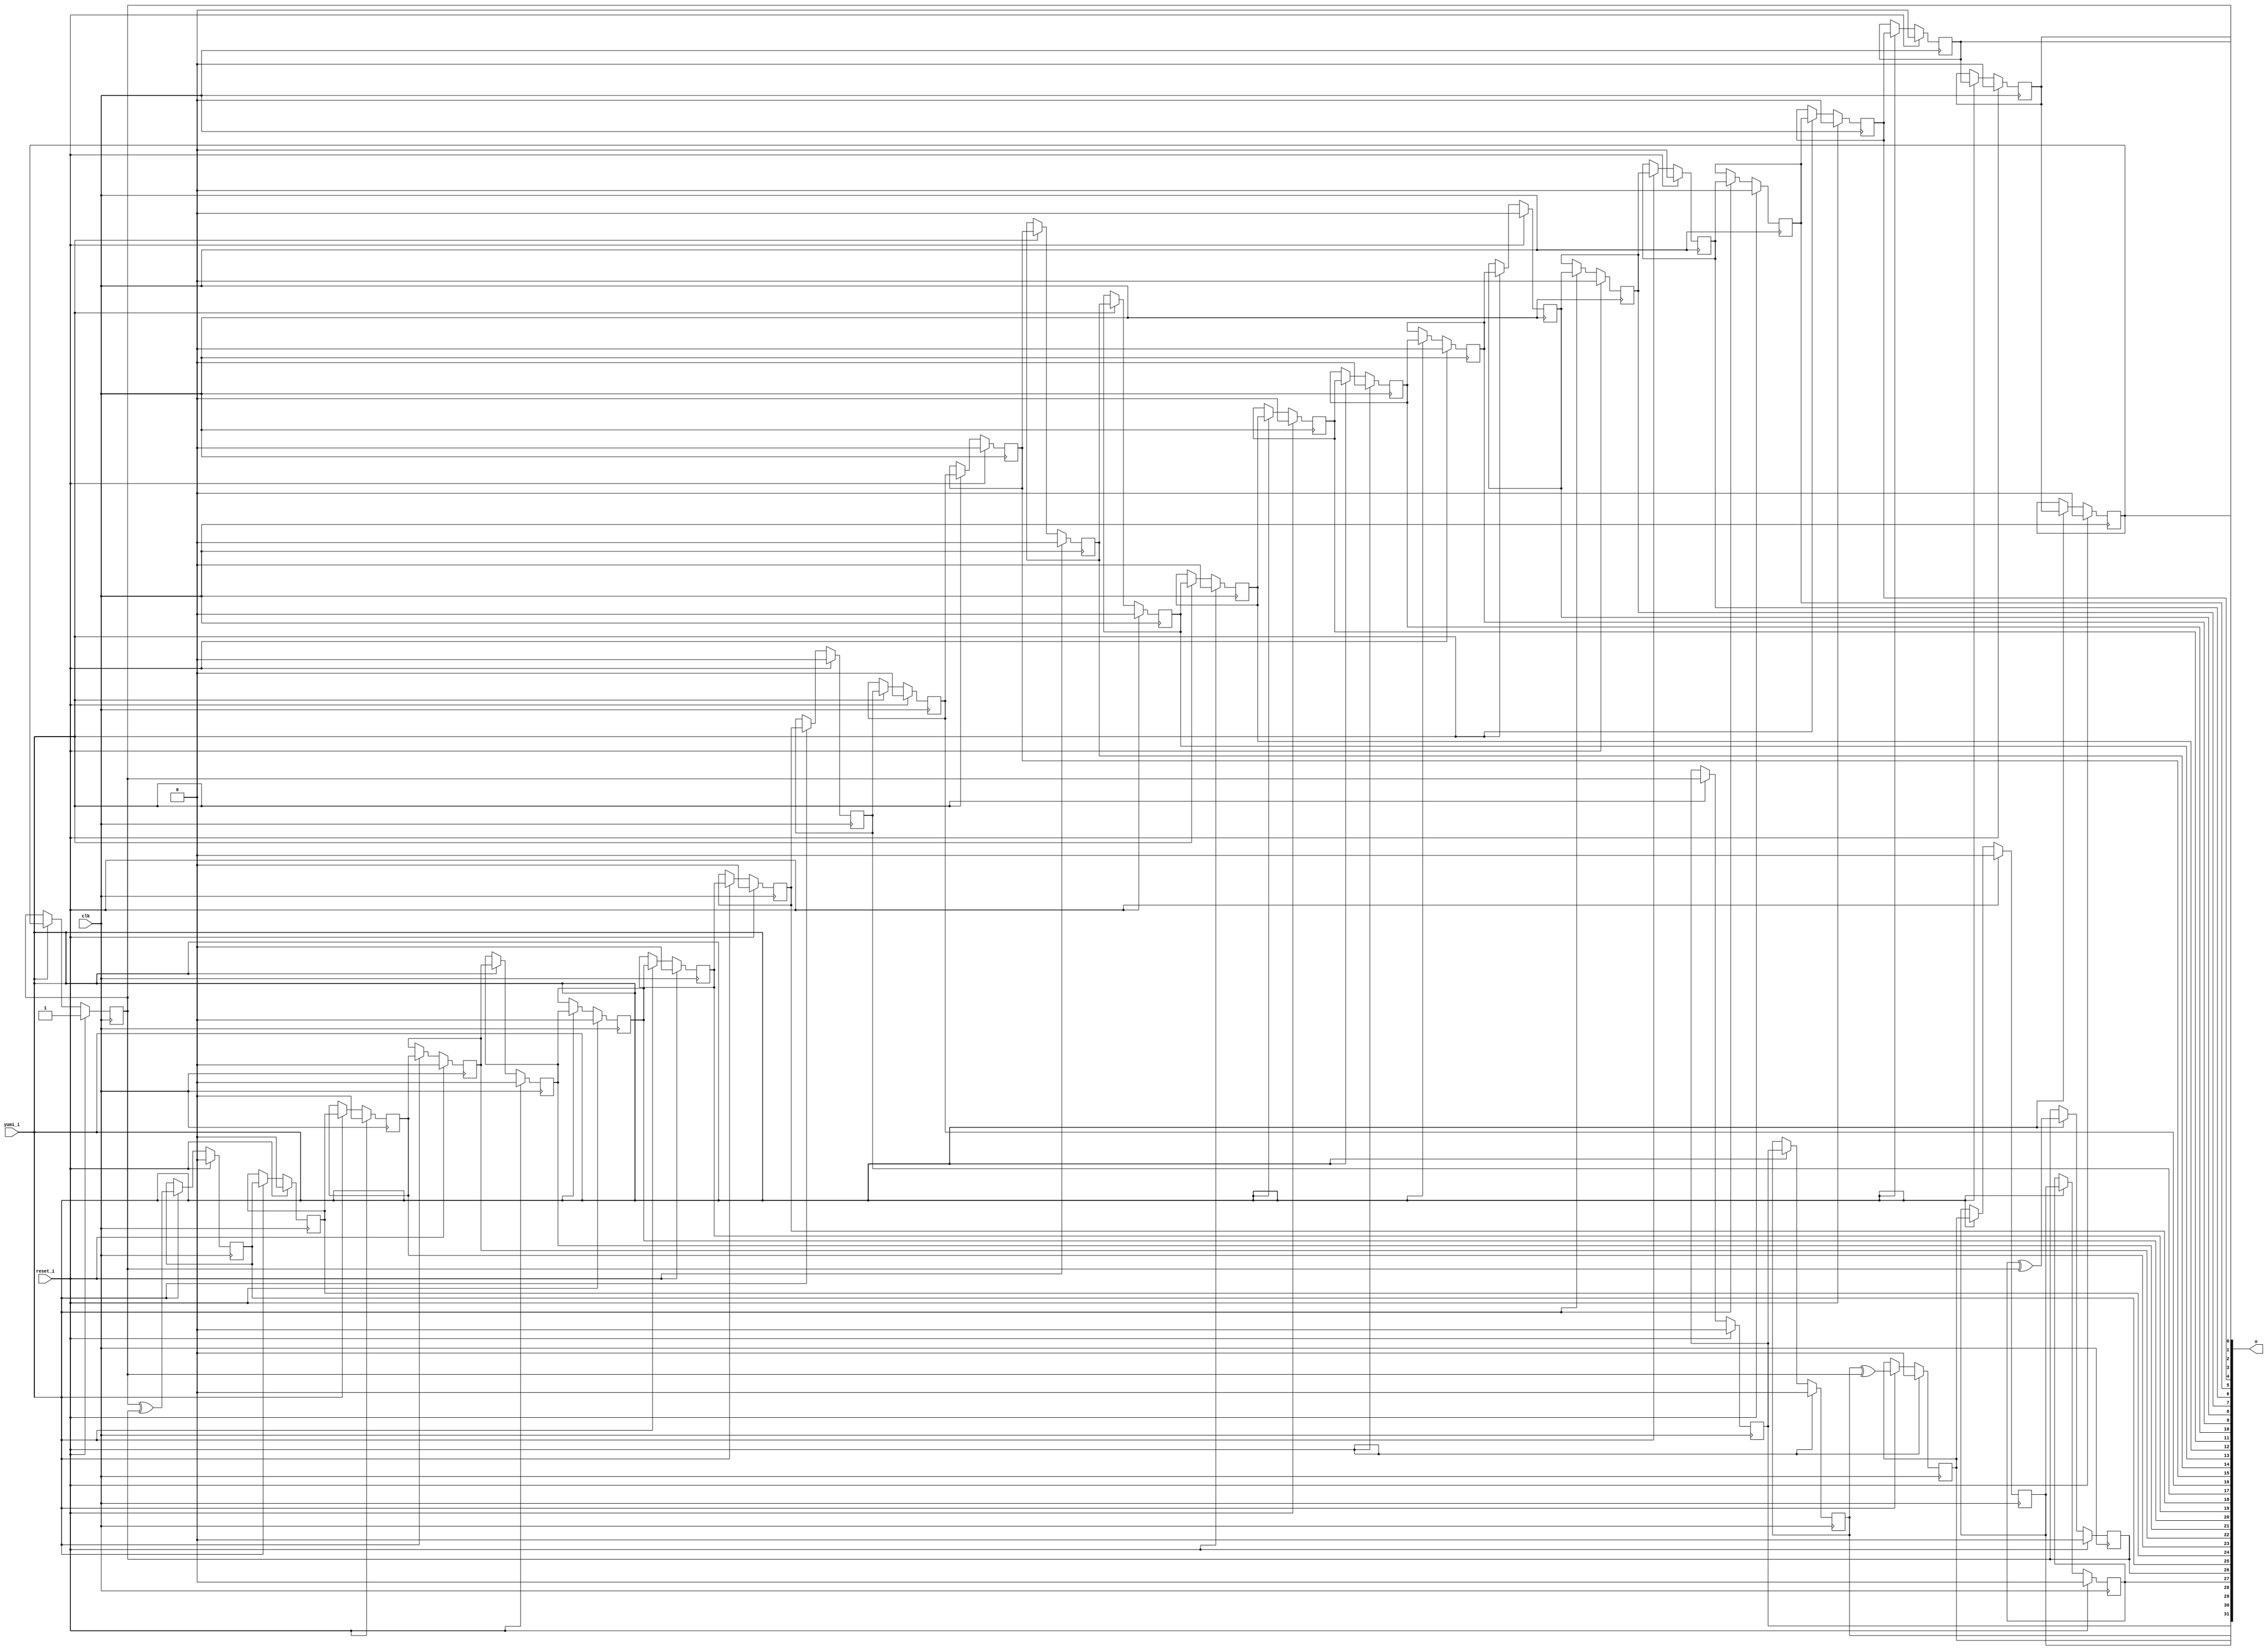
// This program was cloned from: https://github.com/chipsalliance/synlig
// License: Apache License 2.0

/* Generated by Yosys 0.27+9 (git sha1 101d19bb6, gcc 11.2.0-7ubuntu2 -fPIC -Os) */

(* top =  1  *)

module bsg_lfsr(clk, reset_i, yumi_i, o);
  
  input clk;
  wire clk;
  
  output [31:0] o;
  wire [31:0] o;
  
  wire [31:0] o_n;
  
  reg [31:0] o_r;
  
  input reset_i;
  wire reset_i;
  
  wire [31:0] xor_mask;
  
  input yumi_i;
  wire yumi_i;
  assign o_n[25] = o_r[0] ^ o_r[26];
  assign o_n[26] = o_r[27] ^ o_r[0];
  assign o_n[29] = o_r[30] ^ o_r[0];
  
  always @(posedge clk)
    if (reset_i) o_r[4] <= 1'h0;
    else if (yumi_i) o_r[4] <= o_r[5];
  
  always @(posedge clk)
    if (reset_i) o_r[5] <= 1'h0;
    else if (yumi_i) o_r[5] <= o_r[6];
  
  always @(posedge clk)
    if (reset_i) o_r[6] <= 1'h0;
    else if (yumi_i) o_r[6] <= o_r[7];
  
  always @(posedge clk)
    if (reset_i) o_r[7] <= 1'h0;
    else if (yumi_i) o_r[7] <= o_r[8];
  
  always @(posedge clk)
    if (reset_i) o_r[8] <= 1'h0;
    else if (yumi_i) o_r[8] <= o_r[9];
  
  always @(posedge clk)
    if (reset_i) o_r[9] <= 1'h0;
    else if (yumi_i) o_r[9] <= o_r[10];
  
  always @(posedge clk)
    if (reset_i) o_r[10] <= 1'h0;
    else if (yumi_i) o_r[10] <= o_r[11];
  
  always @(posedge clk)
    if (reset_i) o_r[11] <= 1'h0;
    else if (yumi_i) o_r[11] <= o_r[12];
  
  always @(posedge clk)
    if (reset_i) o_r[12] <= 1'h0;
    else if (yumi_i) o_r[12] <= o_r[13];
  
  always @(posedge clk)
    if (reset_i) o_r[13] <= 1'h0;
    else if (yumi_i) o_r[13] <= o_r[14];
  
  always @(posedge clk)
    if (reset_i) o_r[14] <= 1'h0;
    else if (yumi_i) o_r[14] <= o_r[15];
  
  always @(posedge clk)
    if (reset_i) o_r[15] <= 1'h0;
    else if (yumi_i) o_r[15] <= o_r[16];
  
  always @(posedge clk)
    if (reset_i) o_r[16] <= 1'h0;
    else if (yumi_i) o_r[16] <= o_r[17];
  
  always @(posedge clk)
    if (reset_i) o_r[17] <= 1'h0;
    else if (yumi_i) o_r[17] <= o_r[18];
  
  always @(posedge clk)
    if (reset_i) o_r[18] <= 1'h0;
    else if (yumi_i) o_r[18] <= o_r[19];
  
  always @(posedge clk)
    if (reset_i) o_r[19] <= 1'h0;
    else if (yumi_i) o_r[19] <= o_r[20];
  
  always @(posedge clk)
    if (reset_i) o_r[20] <= 1'h0;
    else if (yumi_i) o_r[20] <= o_r[21];
  
  always @(posedge clk)
    if (reset_i) o_r[21] <= 1'h0;
    else if (yumi_i) o_r[21] <= o_r[22];
  
  always @(posedge clk)
    if (reset_i) o_r[22] <= 1'h0;
    else if (yumi_i) o_r[22] <= o_r[23];
  
  always @(posedge clk)
    if (reset_i) o_r[23] <= 1'h0;
    else if (yumi_i) o_r[23] <= o_r[24];
  
  always @(posedge clk)
    if (reset_i) o_r[24] <= 1'h0;
    else if (yumi_i) o_r[24] <= o_r[25];
  
  always @(posedge clk)
    if (reset_i) o_r[25] <= 1'h0;
    else if (yumi_i) o_r[25] <= o_n[25];
  
  always @(posedge clk)
    if (reset_i) o_r[26] <= 1'h0;
    else if (yumi_i) o_r[26] <= o_n[26];
  
  always @(posedge clk)
    if (reset_i) o_r[27] <= 1'h0;
    else if (yumi_i) o_r[27] <= o_r[28];
  
  always @(posedge clk)
    if (reset_i) o_r[28] <= 1'h0;
    else if (yumi_i) o_r[28] <= o_r[29];
  
  always @(posedge clk)
    if (reset_i) o_r[29] <= 1'h0;
    else if (yumi_i) o_r[29] <= o_n[29];
  
  always @(posedge clk)
    if (reset_i) o_r[30] <= 1'h0;
    else if (yumi_i) o_r[30] <= o_r[31];
  
  always @(posedge clk)
    if (reset_i) o_r[31] <= 1'h0;
    else if (yumi_i) o_r[31] <= o_r[0];
  
  always @(posedge clk)
    if (reset_i) o_r[0] <= 1'h1;
    else if (yumi_i) o_r[0] <= o_r[1];
  
  always @(posedge clk)
    if (reset_i) o_r[1] <= 1'h0;
    else if (yumi_i) o_r[1] <= o_r[2];
  
  always @(posedge clk)
    if (reset_i) o_r[2] <= 1'h0;
    else if (yumi_i) o_r[2] <= o_r[3];
  
  always @(posedge clk)
    if (reset_i) o_r[3] <= 1'h0;
    else if (yumi_i) o_r[3] <= o_r[4];
  assign o = o_r;
  assign { o_n[31:30], o_n[28:27], o_n[24:0] } = { o_r[0], o_r[31], o_r[29:28], o_r[25:1] };
  assign xor_mask = 32'd2785017856;
endmodule